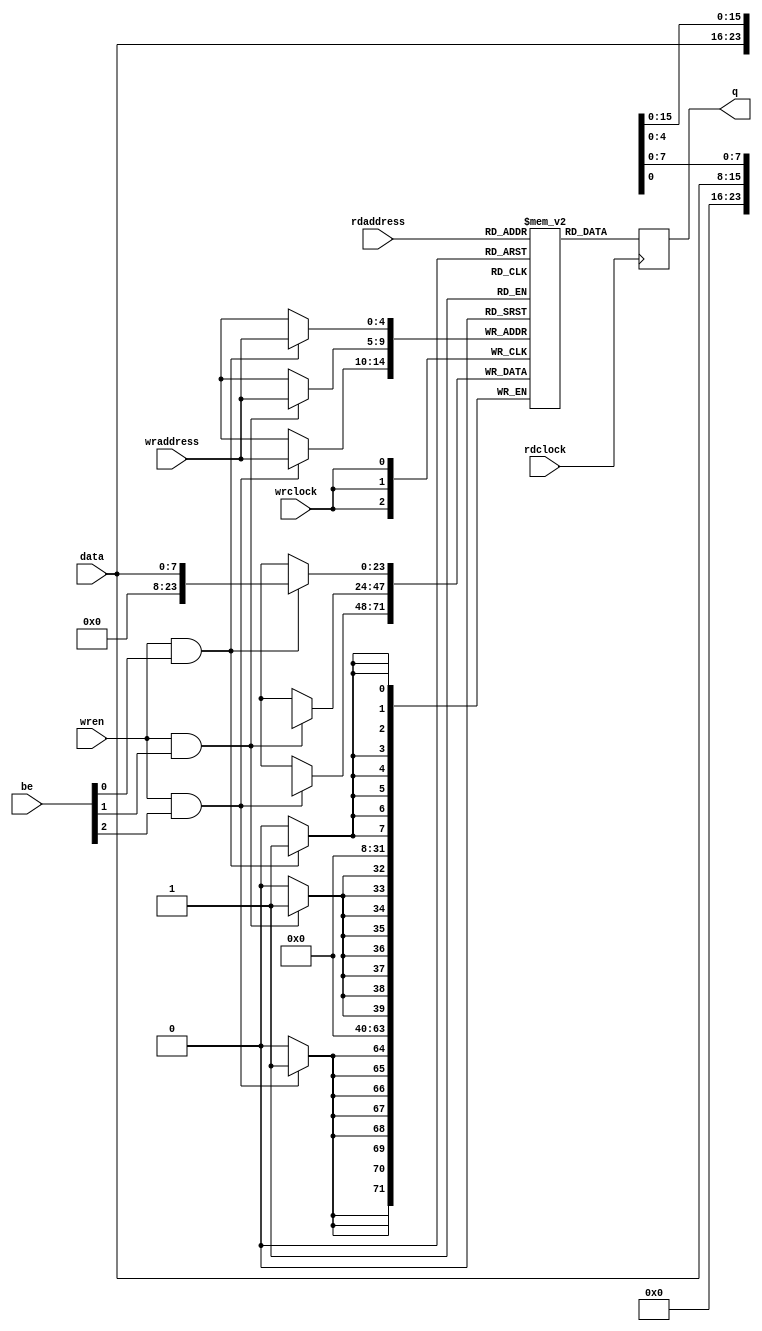
//--------------------------------------------------------------------------------------------------
// Copyright (C) 2013-2017 qiu bin 
// All rights reserved   
// Design    : bitstream_p
// Author(s) : qiu bin
// Phone 15957074161
// QQ:1517642772             
//-------------------------------------------------------------------------------------------------

module dp_ram_be
#(parameter DATA_WIDTH=3, parameter ADDR_WIDTH=5)
(
	input [7:0] data,
	input [(ADDR_WIDTH-1):0] rdaddress, wraddress,
	input wren, rdclock, wrclock,
	output reg [DATA_WIDTH*8-1:0] q,
	input [DATA_WIDTH-1:0] be
);


reg [DATA_WIDTH*8-1:0] ram0[(1<<ADDR_WIDTH)-1:0];

integer i;
	always @ (posedge wrclock)
	for(i = 0; i < DATA_WIDTH; i = i + 1) begin
		if (wren && be[i])
			ram0[wraddress][7+i*8-:8] <= data;
	end
				

always @ (posedge rdclock)
	q <= ram0[rdaddress];
	
endmodule